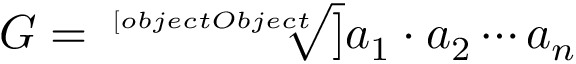
G = { \sqrt [ [object Object] ] { a _ { 1 } \cdot a _ { 2 } \cdots a _ { n } } }